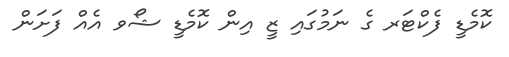
ކޮމެޑީ ފެކްޓަރ ގެ ނަމުގައި ޒީ އިން ކޮމެޑީ ޝޯވ އެއް ފަށަން